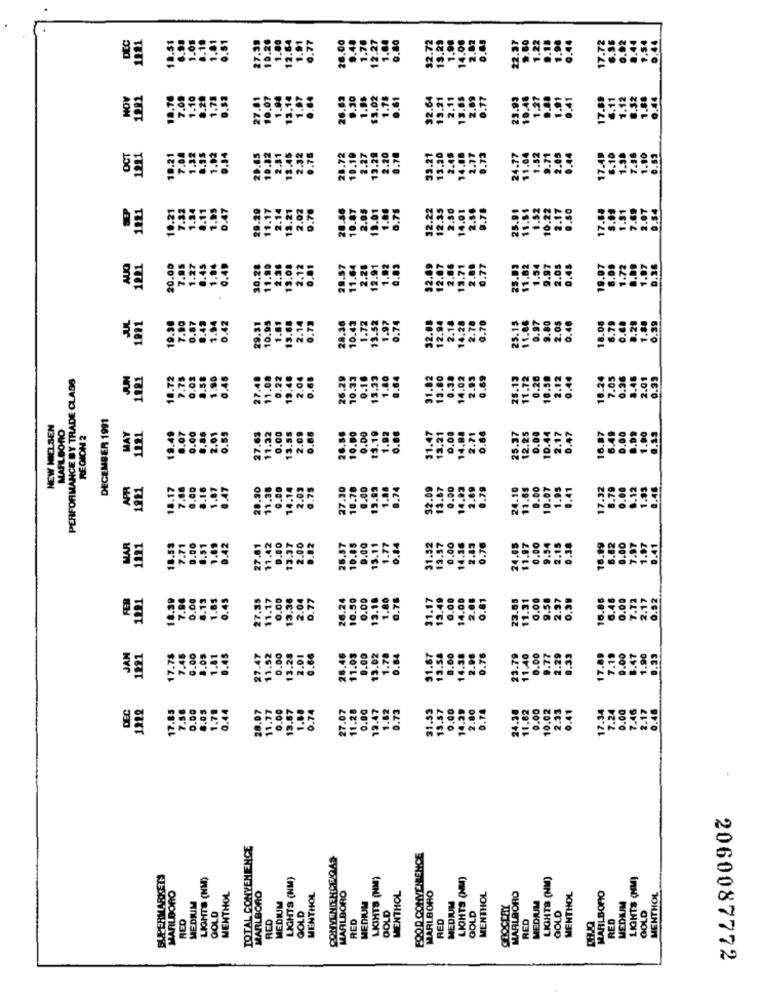
DEC
27.39
10.26
1.00
.64
26.00
9.48
1.70
12.27
1.88
0,80
12.72
1.90
14.00
2.87
.44
0.77
9.60
22.
HOV
1981
27.01
10.07
26.82
.30
1.98
$3.02
1.78
0.61
32.64
13.21
13.65
2.89
1.0
17.
OCT
1221
10.21
10.82
13.29
2.20
20.
28.7
39.
13.
1021
29.29
11.1
2.1
1221
20.0
29.31
10.95
28.36
13.5
PERFORMANCE BY TRADE CLASS
JUN
1921
18.72
1.80
31.82
26.2
13.3
13.
14.
DECEMBER 1991
NEW NIELSEN
MARLBORO
19.49
8.07
REGION2
MAY
1221
0.55
27.63
11.32
0.00
31.4
O.
14.
16.
APR
1221
1.17
28.30
2.09
.00
1.93
0.46
17.3
11.
WAR
1221
18.53
16.99
6.62
0.00
1291
18.39
27.35
11.17
0.00
16.8
JAN
1221
17.78
7.45
6.00
8.05
27.4T
11.52
0.00
31.67
26.
13.
17.8
DEC
1222
0.00
8.05
28.07
11.77
0.00
27.07
1.82
31.53
17.85
7.50
0.44
13.6
12.4
TOTAL CONVENIENCE
CONVENIENCE/GAS
FOOD CONVENIENCE
SUPERMARKETS
LIGHTS (HM)
LIGHTS (NM)
LIGHTS (NM)
LIGHTS (NM)
LIGHTS (NM)
LIGHTS (NOM)
MARLBORO
MARLBORO
MEDIUM
MENTHOL
MARLBORO
MENTHOL
MARLBORO
MENTHOL
MENTHOL
MARLBORO
MENTHOL
MARLBORO
MEDIUM
MENTHOL
GOLD
MEDIUM
MEDIUM
OOLD
MEDIUM
GOLD
GROCERY
MEDIUM
RED
RCD
GOLD
RED
RED
RED
GOLD
RED
GOLD
2060087772